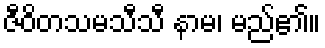
ဇီဝိတသမသီသီ နာမ၊ မည်၏။